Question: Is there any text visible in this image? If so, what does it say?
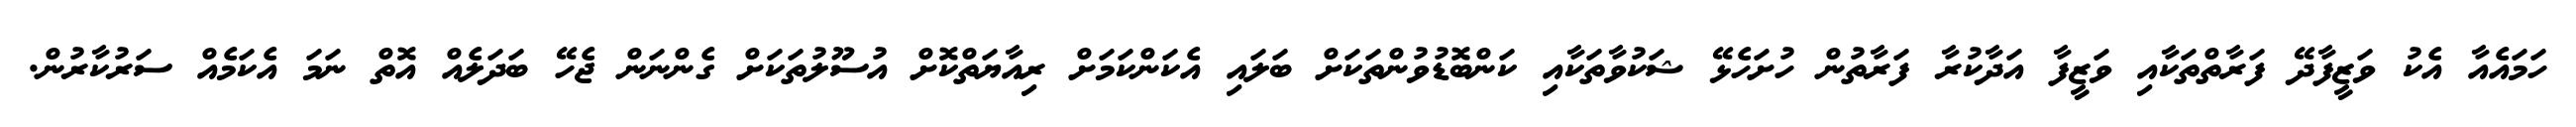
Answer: ހަމައެއާ އެކު ވަޒީފާދޭ ފަރާތްތަކާއި ވަޒީފާ އަދާކުރާ ފަރާތުން ހުށަހެޅޭ ޝަކުވާތަކާއި ކަންބޮޑުވުންތަކަށް ބަލައި އެކަންކަމަށް ރިއާޔަތްކޮށް އުސޫލުތަކަށް ގެންނަން ޖެހޭ ބަދަލެއް އޮތް ނަމަ އެކަމެއް ސަރުކާރުން.